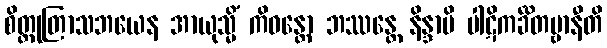
စိတ္တုတြာသဘယေန အာယုသ္မိံ ကိဝန္တော ဘဿန္တေ နိန္ဒာပိ ပါဋိကင်္ခိတဗ္ဗာနီတိ